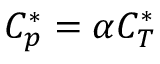
C _ { p } ^ { * } = \alpha C _ { T } ^ { * }